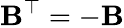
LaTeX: \mathbf{B}^{\top}=-\mathbf{B}